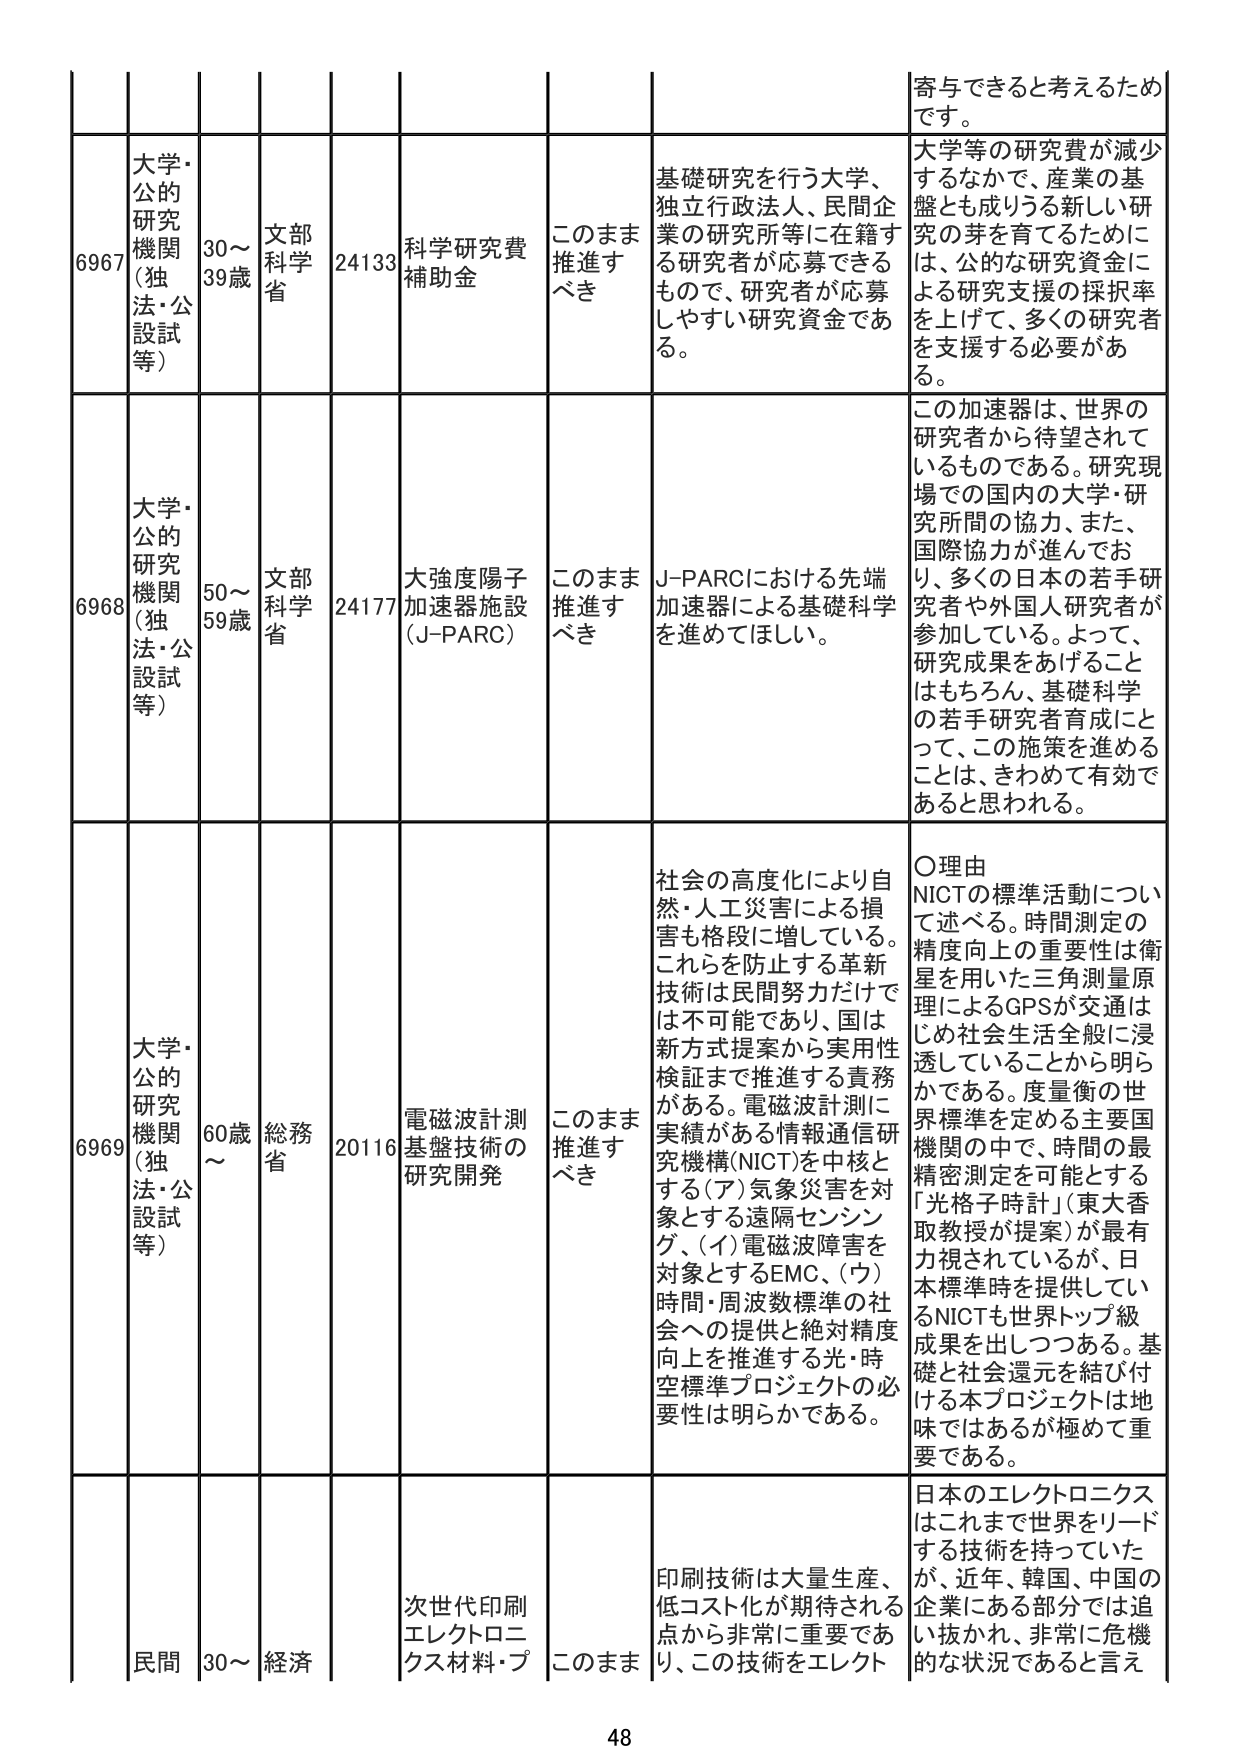
寄与できると考えるため
です。

6967
大学・公的研究機関（独法・公設試等）
30～39歳
文部科学省
24133
科学研究費補助金
このまま推進すべき
基礎研究を行う大学、独立行政法人、民間企業の研究所等に在籍する研究者が応募できるもので、研究者が応募しやすい研究資金である。
大学等の研究費が減少するなかで、産業の基盤とも成りうる新しい研究の芽を育てるためには、公的な研究資金による研究支援の採択率を上げて、多くの研究者を支援する必要がある。

6968
大学・公的研究機関（独法・公設試等）
50～59歳
文部科学省
24177
大強度陽子加速器施設（J-PARC）
このまま推進すべき
J-PARCにおける先端加速器による基礎科学を進めてほしい。
この加速器は、世界の研究者から待望されているものである。研究現場での国内の大学・研究所間の協力、また、国際協力が進んでおり、多くの日本の若手研究者や外国人研究者が参加している。よって、研究成果をあげることはもちろん、基礎科学の若手研究者育成にとって、この施策を進めるることは、きわめて有効であると思われる。

6969
大学・公的研究機関（独法・公設試等）
60歳～
総務省
20116
電磁波計測基盤技術の研究開発
このまま推進すべき
社会の高度化により自然・人工災害による損害も格段に増している。これらを防止する革新技術は民間努力だけでは不可能であり、国は新方式提案から実用性検証まで推進する責務がある。電磁波計測に実績がある情報通信研究機構（NICT）を中核とする（ア）気象災害を対象とする遠隔センシング、（イ）電磁波障害を対象とするEMC、（ウ）時間・周波数標準の社会への提供と絶対精度向上を推進する光・時空標準プロジェクトの必要性は明らかである。
〇理由
NICTの標準活動について述べる。時間測定の精度向上の重要性は衛星を用いた三角測量原理によるGPSが交通はじめ社会生活全般に浸透していることから明らかである。度量衡の世界標準を定める主要国機関の中で、時間の最精密測定を可能とする「光格子時計」（東大香取教授が提案）が最も重視されているが、日本標準時を提供しているNICTも世界トップ級成果を出しつつある。基礎と社会還元を結び付ける本プロジェクトは地味ではあるが極めて重要である。

民間
30～
経済
次世代印刷エレクトロニクス材料・プ
このまま
印刷技術は大量生産、低コスト化が期待される点から非常に重要であり、この技術をエレクト
日本のエレクトロニクスはこれまで世界をリードする技術を持っていたが、近年、韓国、中国の企業にある部分では追い抜かれ、非常に危機的な状況であると言え

48